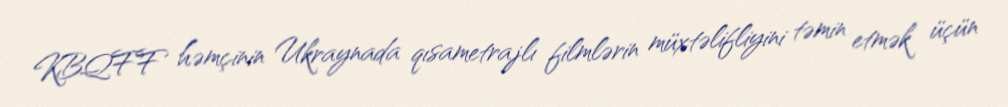
KBQFF həmçinin Ukraynada qısametrajlı filmlərin müxtəlifliyini təmin etmək üçün